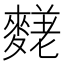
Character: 𪍙